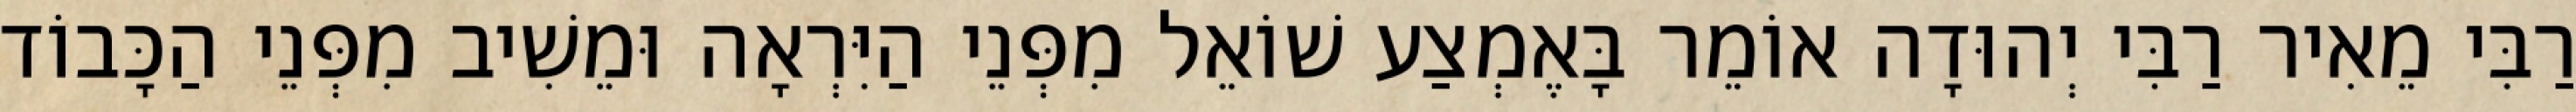
רַבִּי מֵאִיר רַבִּי יְהוּדָה אוֹמֵר בָּאֶמְצַע שׁוֹאֵל מִפְּנֵי הַיִּרְאָה וּמֵשִׁיב מִפְּנֵי הַכָּבוֹד